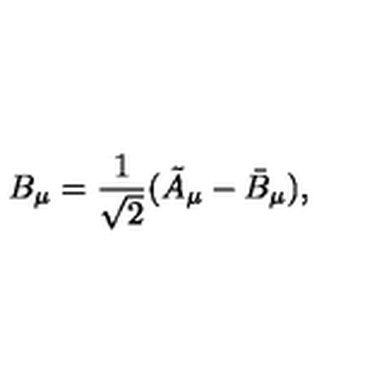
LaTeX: B _ { \mu } = \frac { 1 } { \sqrt { 2 } } ( \tilde { A } _ { \mu } - \bar { B } _ { \mu } ) ,